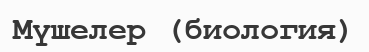
Мүшелер (биология)